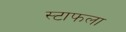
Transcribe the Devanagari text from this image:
स्टाफला